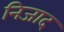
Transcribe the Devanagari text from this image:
निजाद